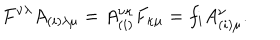
F ^ { \nu \lambda } A _ { ( i ) \lambda \mu } = A _ { ( i ) } ^ { \nu \kappa } F _ { \kappa \mu } = f _ { i } A _ { ( i ) \mu } ^ { \nu } .